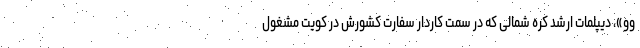
وو»، دیپلمات ارشد کره شمالی که در سمت کاردار سفارت کشورش در کویت مشغول